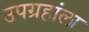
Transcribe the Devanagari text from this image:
उपग्रहांला